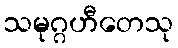
သမုဂ္ဂဟီတေသု